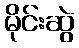
မိုင်းဆွဲ